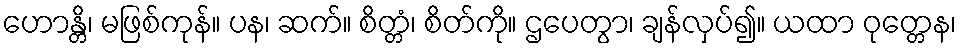
ဟောန္တိ၊ မဖြစ်ကုန်။ ပန၊ ဆက်။ စိတ္တံ၊ စိတ်ကို။ ဌပေတွာ၊ ချန်လှပ်၍။ ယထာ ဝုတ္တေန၊